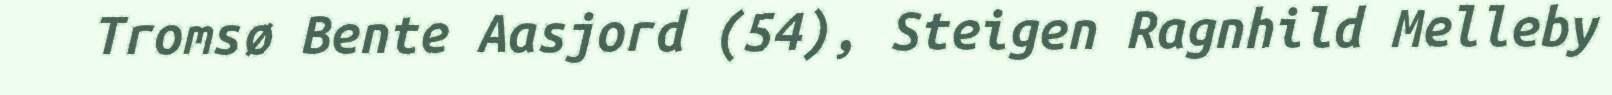
Tromsø Bente Aasjord (54), Steigen Ragnhild Melleby